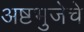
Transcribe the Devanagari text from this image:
अष्टभुजेचे